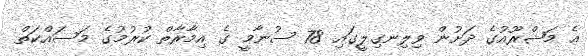
އެ މަޝްރޫއުގެ ދަށުން ވިލިނގިލީގައި 78 ސުނާމީ ގެ އިމާރާތް ކުރުމުގެ މަސައްކަތް